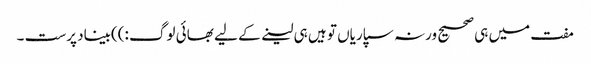
مفت میں ہی صحیح ورنہ سپاریاں تو ہیں ہی لینے کے لیے بھائی لوگ :))بیناد پرست ۔